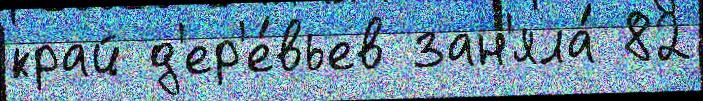
край д'ер'е́вьев зан'яла́ 82